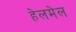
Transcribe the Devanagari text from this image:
हेलमेल